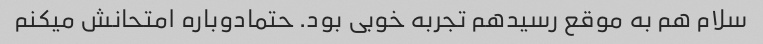
سلام هم به موقع رسیدهم تجربه خوبی بود. حتمادوباره امتحانش میکنم